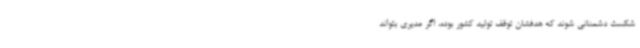
شکست دشمنانی شوند که هدفشان توقف تولید کشور بوده، اگر مدیری بتواند